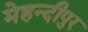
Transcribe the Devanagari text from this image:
मेहन्दीपुर